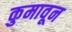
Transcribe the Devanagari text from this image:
कुमावून